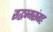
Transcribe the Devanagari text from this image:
सद्धम्मसंगह